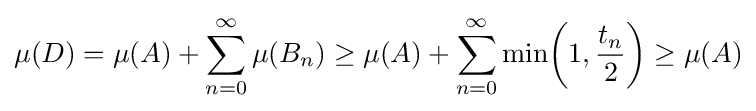
\mu (D)=\mu (A)+\sum _{n=0}^{\infty }\mu (B_{n})\geq \mu (A)+\sum _{n=0}^{\infty }\min \!\left(1,{\frac {t_{n}}{2}}\right)\geq \mu (A)